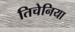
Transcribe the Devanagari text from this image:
तिचेनिया